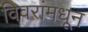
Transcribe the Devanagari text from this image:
विवरांमधून